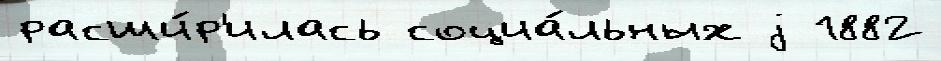
расши́р'илась социа́льных j 1882